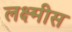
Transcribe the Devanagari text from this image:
लक्ष्मीस